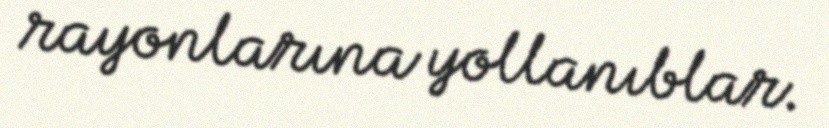
rayonlarına yollanıblar.